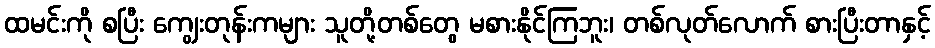
ထမင်းကို စပြီး ကျွေးတုန်းကများ သူတို့တစ်တွေ မစားနိုင်ကြဘူး၊ တစ်လုတ်လောက် စားပြီးတာနှင့်